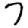
Digit: 7